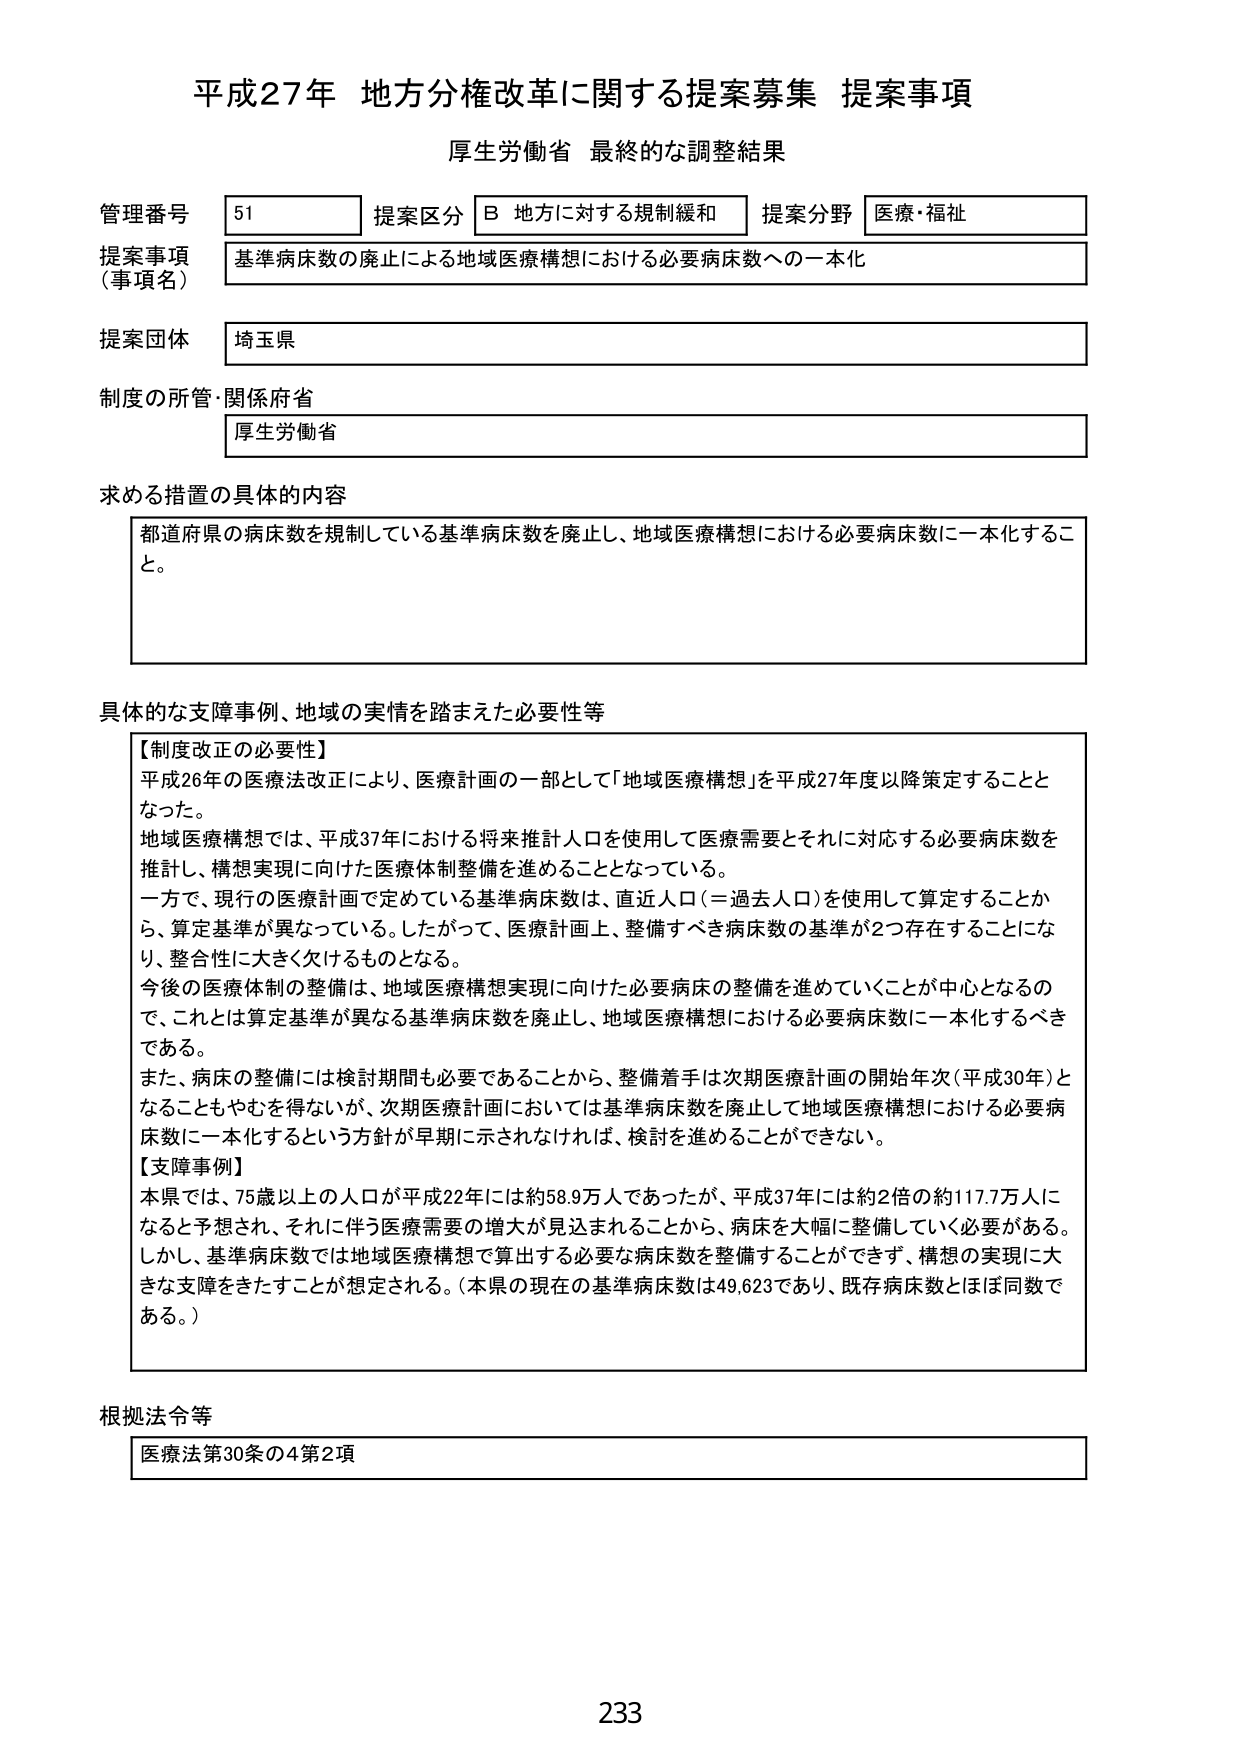
平成27年 地方分権改革に関する提案募集 提案事項
厚生労働省 最終的な調整結果

管理番号 51
提案区分 B 地方に対する規制緩和
提案分野 医療・福祉

提案事項（事項名）
基準病床数の廃止による地域医療構想における必要病床数への一本化

提案団体
埼玉県

制度の所管・関係府省
厚生労働省

求める措置の具体的内容
都道府県の病床数を規制している基準病床数を廃止し、地域医療構想における必要病床数に一本化すること。

具体的な支障事例、地域の実情を踏まえた必要性等
【制度改正の必要性】
平成26年の医療法改正により、医療計画の一部として「地域医療構想」を平成27年度以降策定することとなった。
地域医療構想では、平成37年における将来推計人口を使用して医療需要とそれに対応する必要病床数を推計し、構想実現に向けた医療体制整備を進めることとなっている。
一方で、現行の医療計画で定めている基準病床数は、直近人口（＝過去人口）を使用して算定することから、算定基準が異なっている。したがって、医療計画上、整備すべき病床数の基準が2つ存在することになり、整合性に大きく欠けるものとなる。
今後の医療体制の整備は、地域医療構想実現に向けた必要病床の整備を進めていくことが中心となるので、これは算定基準が異なる基準病床数を廃止し、地域医療構想における必要病床数に一本化するべきである。
また、病床の整備には検討期間も必要であることから、整備着手は次期医療計画の開始年次（平成30年）となることもやむを得ないが、次期医療計画においては基準病床数を廃止して地域医療構想における必要病床数に一本化するという方針が早期に示されなければ、検討を進めることができない。

【支障事例】
本県では、75歳以上の人口が平成22年には約58.9万人であったが、平成37年には約2倍の約117.7万人になると予想され、それに伴う医療需要の増大が見込まれることから、病床を大幅に整備していく必要がある。
しかし、基準病床数では地域医療構想で算出する必要な病床数を整備することができず、構想の実現に大きな支障をきたすことが想定される。（本県の現在の基準病床数は49,623であり、既存病床数とほぼ同数である。）

根拠法令等
医療法第30条の4第2項

233